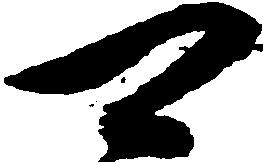
可